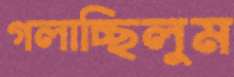
গলাচ্ছিলুম